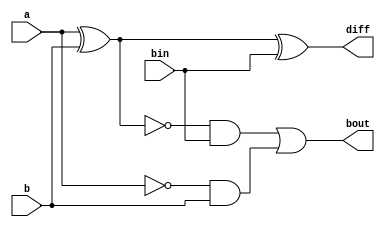
`timescale 1ns / 1ps
//////////////////////////////////////////////////////////////////////////////////
// Company: 
// Engineer: 
// 
// Design Name: 
// Module Name: FS
// Project Name: 
// Target Devices: 
// Tool Versions: 
// Description: 
// 
// Dependencies: 
// 
// Revision:
// Revision 0.01 - File Created
// Additional Comments:
// 
//////////////////////////////////////////////////////////////////////////////////

// 16-bit Full Subtractor. Structural Design.

module FS
    ( a,
      b,
      bin,
      diff,
      bout
    );
    
    input  a;
    input  b;
    input  bin;
    output diff;
    output bout;

    wire an;
    wire w0;
    wire w0not;
    wire w1;
    wire w2;
    
    // Design implementation of a single bit full subtractor   
    not n1( an, a     );
    not n2( w0not, w0 );
    
    xor x1( w0, a, b  );
    and a1( w1, an, b );
    xor x2( diff, w0, bin  );
    and a2( w2, w0not, bin );
    or  o1( bout, w2, w1   );

endmodule 

//
module FS_16bit
    ( a,
      b,
      bin,
      diff,
      bout
    );

    input  [15:0]a;
    input  [15:0]b;
    input  bin;
   
    output [15:0] diff;
    output bout;

    wire w0, w1, w2, w3, w4, w5, w6, w7, w8, w9, w10, w11, w12, w13, w14, w15;
    
    // Design implementation
    // Using the previous module of a single bit full subtractor
    // this 16-bit subtractor can be created by instantiating
    // the FS module and adding wires to connect each block together to 
    // form a 16-bit subtractor.
    FS F0 ( a[0], b[0], bin, diff[0], w0 );
    FS F1 ( a[1], b[1], w0, diff[1], w1  );
    FS F2 ( a[2], b[2], w1, diff[2], w2  );
    FS F3 ( a[3], b[3], w2, diff[3], w3  );
    FS F4 ( a[4], b[4], w3, diff[4], w4  );
    FS F5 ( a[5], b[5], w4, diff[5], w5  );
    FS F6 ( a[6], b[6], w5, diff[6], w6  );
    FS F7 ( a[7], b[7], w6, diff[7], w7  );
    FS F8 ( a[8], b[8], w7, diff[8], w8  );
    FS F9 ( a[9], b[9], w8, diff[9], w9  );
    FS F10( a[10], b[10], w9, diff[10], w10   );
    FS F11( a[11], b[11], w10, diff[11], w11  );
    FS F12( a[12], b[12], w11, diff[12], w12  );
    FS F13( a[13], b[13], w12, diff[13], w13  );
    FS F14( a[14], b[14], w13, diff[14], w14  );
    FS F15( a[15], b[15], w14, diff[15], bout );    
    
endmodule